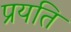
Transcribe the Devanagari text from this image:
प्रयति